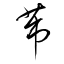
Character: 芾